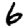
Digit: 6